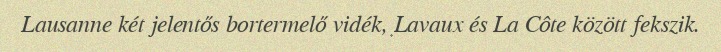
Lausanne két jelentős bortermelő vidék, Lavaux és La Côte között fekszik.